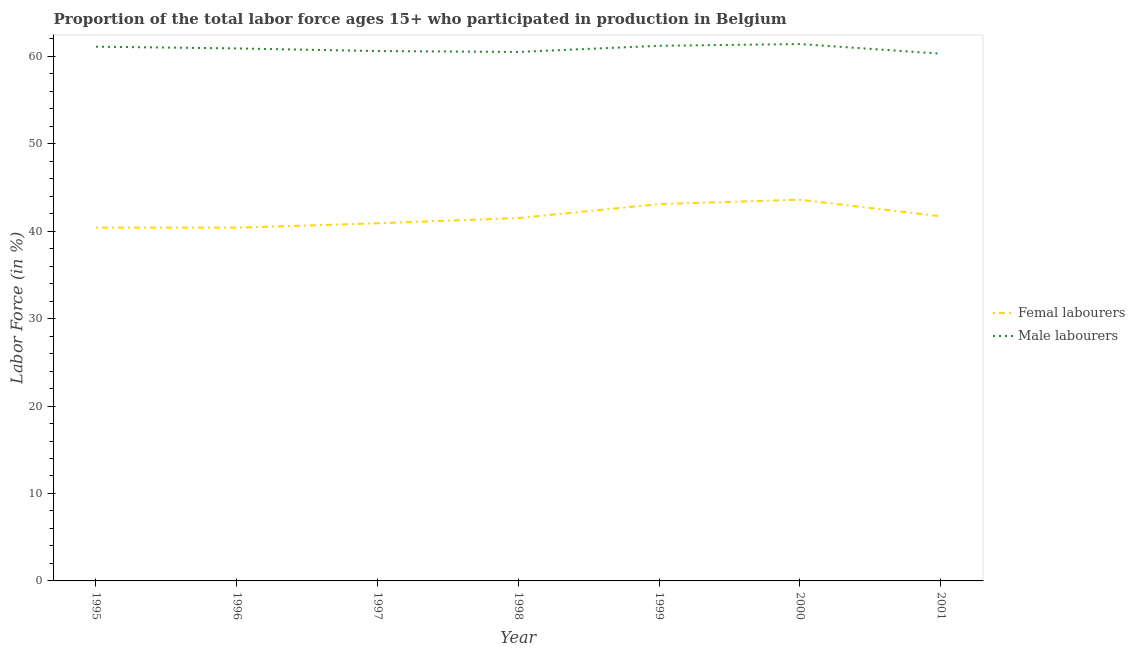
| Year | Femal labourers | Male labourers |
 | --- | --- | --- |
 | 1995 | 40.4 | 61.1 |
 | 1996 | 40.4 | 60.9 |
 | 1997 | 40.9 | 60.6 |
 | 1998 | 41.5 | 60.5 |
 | 1999 | 43.1 | 61.2 |
 | 2000 | 43.6 | 61.4 |
 | 2001 | 41.7 | 60.3 |